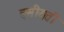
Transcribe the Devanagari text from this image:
वसीयती